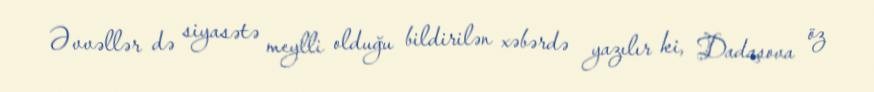
Əvvəllər də siyasətə meylli olduğu bildirilən xəbərdə yazılır ki, Dadaşova öz